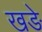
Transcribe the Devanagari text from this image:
खङे